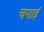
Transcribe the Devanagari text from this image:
चगाई